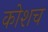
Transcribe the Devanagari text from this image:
कोशच